Vaccination in Bombay 1856-1862 - 1856-1862
Year: 1856
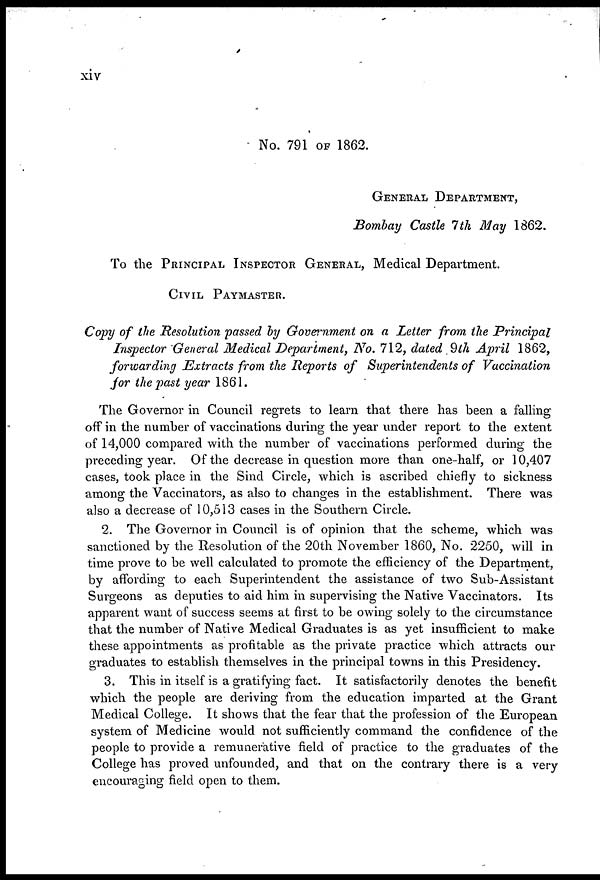
xiv
No. 791 OF 1862.
GENERAL DEPARTMENT,
Bombay Castle 7th May 1862.
To the PRINCIPAL INSPECTOR GENERAL, Medical Department.
CIVIL PAYMASTER.
Copy of the Resolution passed by Government on a Letter from the Principal
Inspector General Medical Department, No. 712, dated 9th April 1862,
forwarding Extracts from the Reports of Superintendents of Vaccination
for the past year 1861.
The Governor in Council regrets to learn that there has been a falling
off in the number of vaccinations during the year under report to the extent
of 14,000 compared with the number of vaccinations performed during the
preceding year. Of the decrease in question more than one-half, or 10,407
cases, took place in the Sind Circle, which is ascribed chiefly to sickness
among the Vaccinators, as also to changes in the establishment. There was
also a decrease of 10,513 cases in the Southern Circle.
2. The Governor in Council is of opinion that the scheme, which was
sanctioned by the Resolution of the 20th November 1860, No. 2250, will in
time prove to be well calculated to promote the efficiency of the Department,
by affording to each Superintendent the assistance of two Sub-Assistant
Surgeons as deputies to aid him in supervising the Native Vaccinators. Its
apparent want of success seems at first to be owing solely to the circumstance
that the number of Native Medical Graduates is as yet insufficient to make
these appointments as profitable as the private practice which attracts our
graduates to establish themselves in the principal towns in this Presidency.
3. This in itself is a gratifying fact. It satisfactorily denotes the benefit
which the people are deriving from the education imparted at the Grant
Medical College. It shows that the fear that the profession of the European
system of Medicine would not sufficiently command the confidence of the
people to provide a remunerative field of practice to the graduates of the
College has proved unfounded, and that on the contrary there is a very
encouraging field open to them.